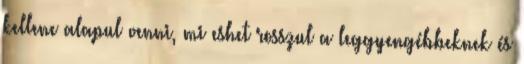
kellene alapul venni, mi eshet rosszul a leggyengébbeknek és